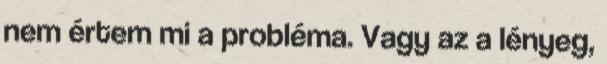
nem értem mi a probléma. Vagy az a lényeg,